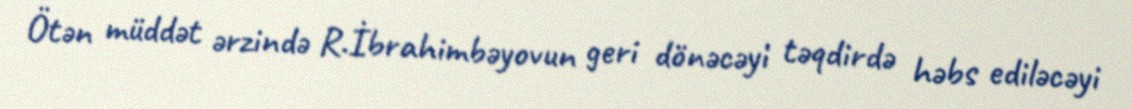
Ötən müddət ərzində R.İbrahimbəyovun geri dönəcəyi təqdirdə həbs ediləcəyi